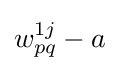
w_{pq}^{1j}-a